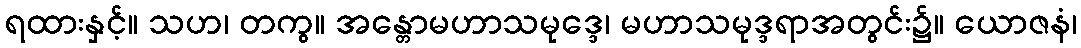
ရထားနှင့်။ သဟ၊ တကွ။ အန္တောမဟာသမုဒ္ဒေ၊ မဟာသမုဒ္ဒရာအတွင်း၌။ ယောဇနံ၊